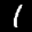
Label: 1